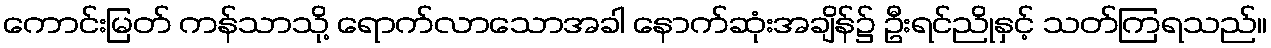
ကောင်းမြတ် ကန်သာသို့ ရောက်လာသောအခါ နောက်ဆုံးအချိန်၌ ဦးရင်ညိုနှင့် သတ်ကြရသည်။